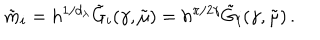
LaTeX: \tilde { m } _ { i } = h ^ { 1 / d _ { \lambda } } \tilde { G } _ { i } ( \gamma , \tilde { \mu } ) = h ^ { \pi / 2 \gamma } \tilde { G } _ { i } ( \gamma , \tilde { \mu } ) \, .